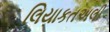
લિયાકતઅલી